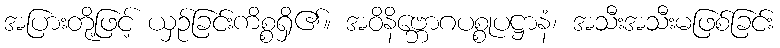
အပြားတို့ဖြင့် ယှဉ်ခြင်းကိစ္စရှိ၏။ အဝိနိဗ္ဘောဂပစ္စုပဋ္ဌာနံ၊ အသီးအသီးမဖြစ်ခြင်း